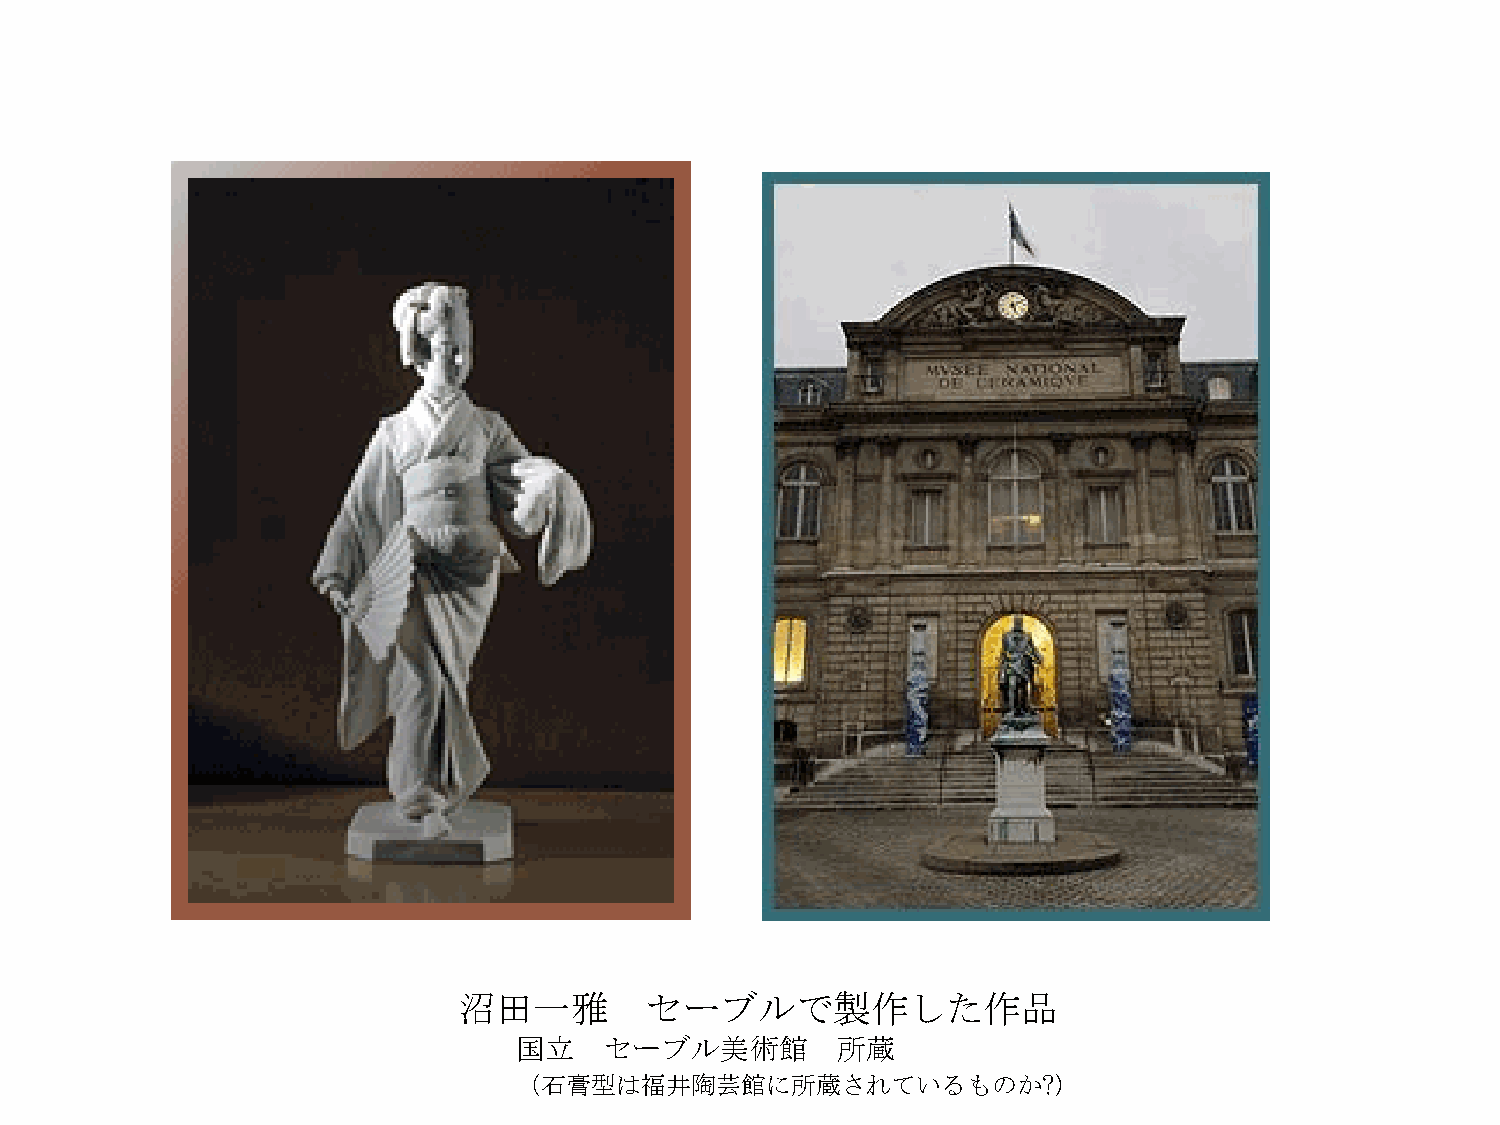
沼田一雅         セーブルで製作した作品
 国立    セーブル美術館        所蔵
 （石膏型は福井陶芸館に所蔵されているものか?）